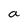
Character: a